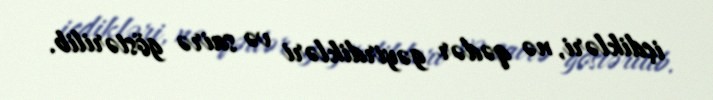
içdikləri, nə qədər gəyirdikləri və sairə göstərilib.